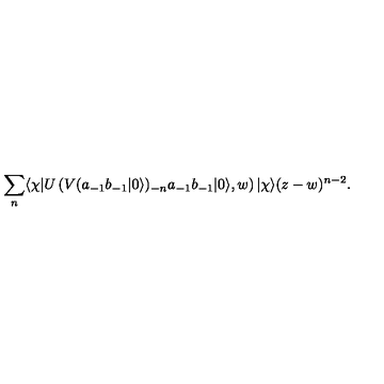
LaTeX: \sum _ { n } \langle \chi | U \left( V ( a _ { - 1 } b _ { - 1 } | 0 \rangle ) _ { - n } a _ { - 1 } b _ { - 1 } | 0 \rangle , w \right) | \chi \rangle ( z - w ) ^ { n - 2 } .